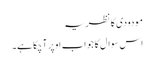
مودودی کا نظریہ
اس سوال کا جواب اوپر آچکا ہے۔